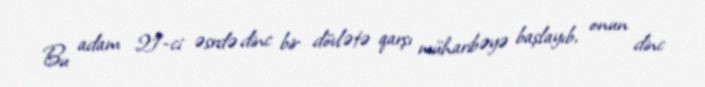
Bu adam 21-ci əsrdə dinc bir dövlətə qarşı müharibəyə başlayıb, onun dinc